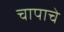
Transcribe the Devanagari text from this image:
चापाचे